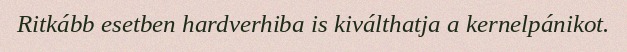
Ritkább esetben hardverhiba is kiválthatja a kernelpánikot.